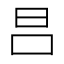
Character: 𣅊